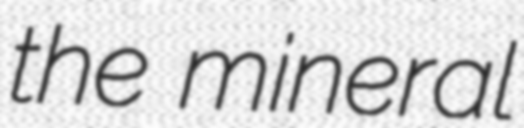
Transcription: the mineral